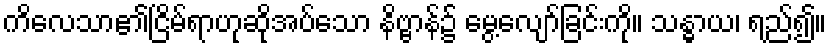
ကိလေသာ၏ငြိမ်ရာဟုဆိုအပ်သော နိဗ္ဗာန်၌ မွေ့လျော်ခြင်းကို။ သန္ဓာယ၊ ရည်၍။